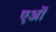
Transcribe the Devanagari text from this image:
एओं